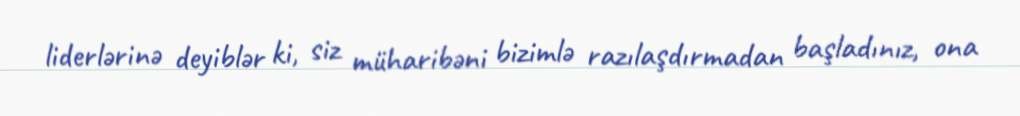
liderlərinə deyiblər ki, siz müharibəni bizimlə razılaşdırmadan başladınız, ona